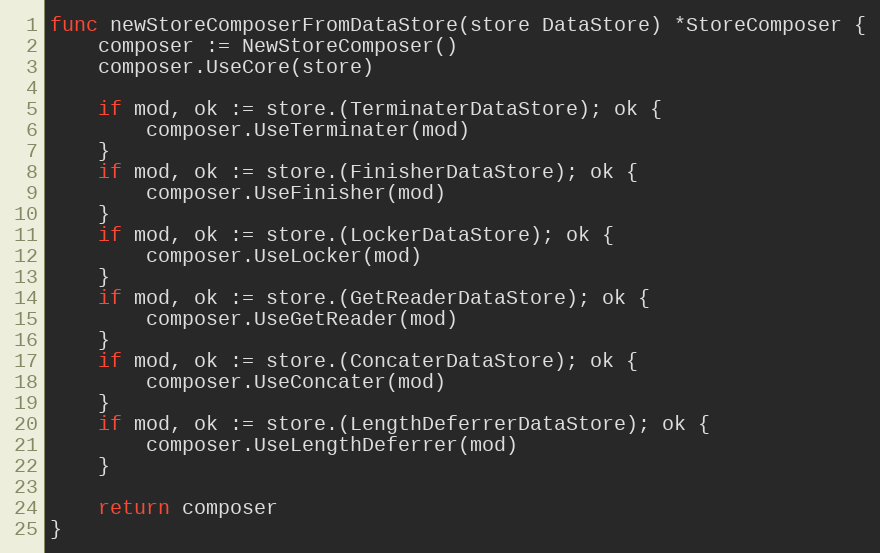
Language: Go
func newStoreComposerFromDataStore(store DataStore) *StoreComposer {
	composer := NewStoreComposer()
	composer.UseCore(store)

	if mod, ok := store.(TerminaterDataStore); ok {
		composer.UseTerminater(mod)
	}
	if mod, ok := store.(FinisherDataStore); ok {
		composer.UseFinisher(mod)
	}
	if mod, ok := store.(LockerDataStore); ok {
		composer.UseLocker(mod)
	}
	if mod, ok := store.(GetReaderDataStore); ok {
		composer.UseGetReader(mod)
	}
	if mod, ok := store.(ConcaterDataStore); ok {
		composer.UseConcater(mod)
	}
	if mod, ok := store.(LengthDeferrerDataStore); ok {
		composer.UseLengthDeferrer(mod)
	}

	return composer
}